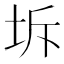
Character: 坼